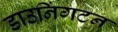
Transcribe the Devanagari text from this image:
डाउनिंगटन